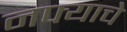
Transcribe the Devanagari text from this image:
नफ्याचे